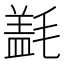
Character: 𰚱